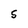
Character: S